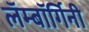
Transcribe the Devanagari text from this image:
लॅम्बॉर्गिनी